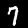
Digit: 7